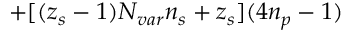
+ [ ( z _ { s } - 1 ) \ensuremath { N _ { v a r } } \ensuremath { n _ { s } } + z _ { s } ] ( 4 \ensuremath { n _ { p } } - 1 )